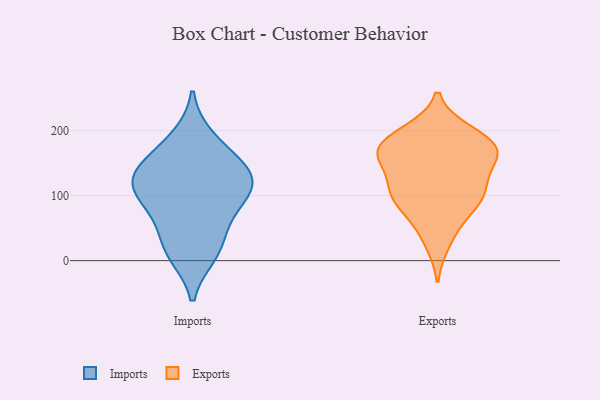
{"axis": {"x": "Customer Acquisition Cost (USD)", "y": "Value"}, "legend": ["Exports", "Imports"], "data": [{"x": "", "y": 120, "type": "Imports"}, {"x": "", "y": 89, "type": "Imports"}, {"x": "", "y": 10, "type": "Imports"}, {"x": "", "y": 189, "type": "Imports"}, {"x": "", "y": 53, "type": "Imports"}, {"x": "", "y": 159, "type": "Imports"}, {"x": "", "y": 18, "type": "Imports"}, {"x": "", "y": 136, "type": "Imports"}, {"x": "", "y": 91, "type": "Imports"}, {"x": "", "y": 133, "type": "Imports"}, {"x": "", "y": 119, "type": "Imports"}, {"x": "", "y": 106, "type": "Exports"}, {"x": "", "y": 28, "type": "Exports"}, {"x": "", "y": 198, "type": "Exports"}, {"x": "", "y": 94, "type": "Exports"}, {"x": "", "y": 197, "type": "Exports"}, {"x": "", "y": 173, "type": "Exports"}, {"x": "", "y": 170, "type": "Exports"}, {"x": "", "y": 164, "type": "Exports"}, {"x": "", "y": 92, "type": "Exports"}, {"x": "", "y": 117, "type": "Exports"}, {"x": "", "y": 164, "type": "Exports"}, {"x": "", "y": 116, "type": "Exports"}, {"x": "", "y": 89, "type": "Exports"}, {"x": "", "y": 181, "type": "Exports"}, {"x": "", "y": 164, "type": "Exports"}, {"x": "", "y": 55, "type": "Exports"}, {"x": "", "y": 151, "type": "Exports"}]}